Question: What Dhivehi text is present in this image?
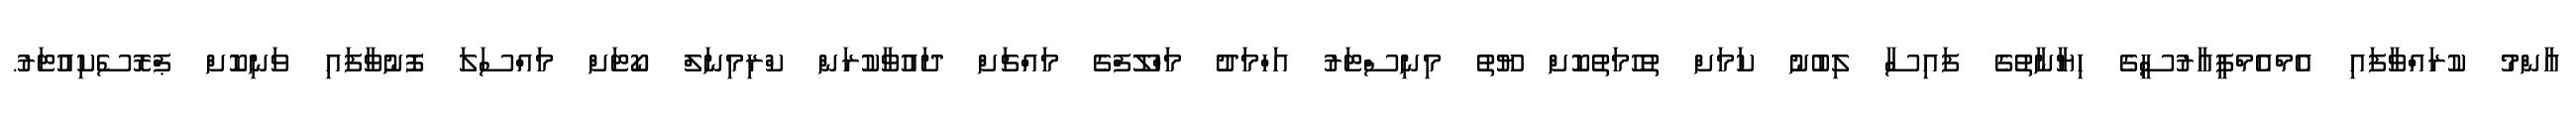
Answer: އާންމު ކުރައްވާފައި އެމްއެމްޕީއާރުސީގެ ހިޔާނާތުގެ ފައިސާ ލިބުނު ކަމަށް ތުހުމަތުކޮށް ޔޫތު މިނިސްޓަރު އަހްމަދު މަހްލޫފްގެ މައްޗަށް ދައުވާކުރަން ކްރިމިނަލް ކޯޓަށް މައްސަލަ ފޮނުވާފައި ވަނިކޮށް ޕްރޮސެކިއުޓަރު.